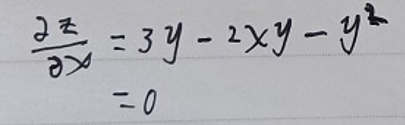
\[
\begin{align*}
\frac{\partial z}{\partial x}&=3y - 2xy - y^{2}\\
&=0
\end{align*}
\]